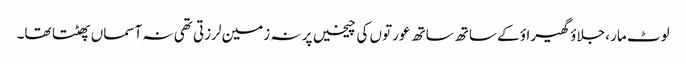
لوٹ مار، جلاؤ گھیراؤ کے ساتھ ساتھ عورتوں کی چیخیں پر نہ زمین لرزتی تھی نہ آسماں پھٹتا تھا۔